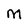
Character: M